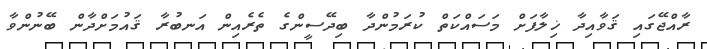
ރާއްޖޭގައި ޤަވާއިދާ ޚިލާފަށް މަސައްކަތް ކުރަމުންދާ ބިދޭސީންގެ ތެރެއިން އަނބުރާ ޤައުމަށްދާން ބޭނުންވާ